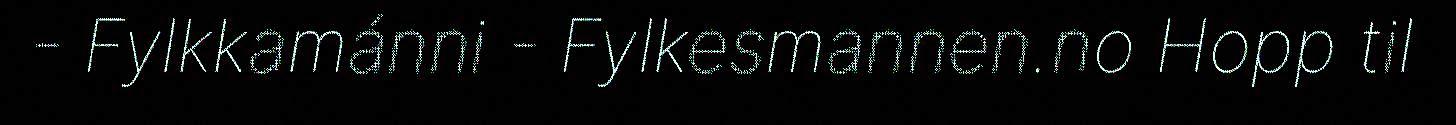
- Fylkkamánni - Fylkesmannen.no Hopp til